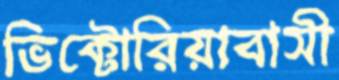
ভিক্টোরিয়াবাসী